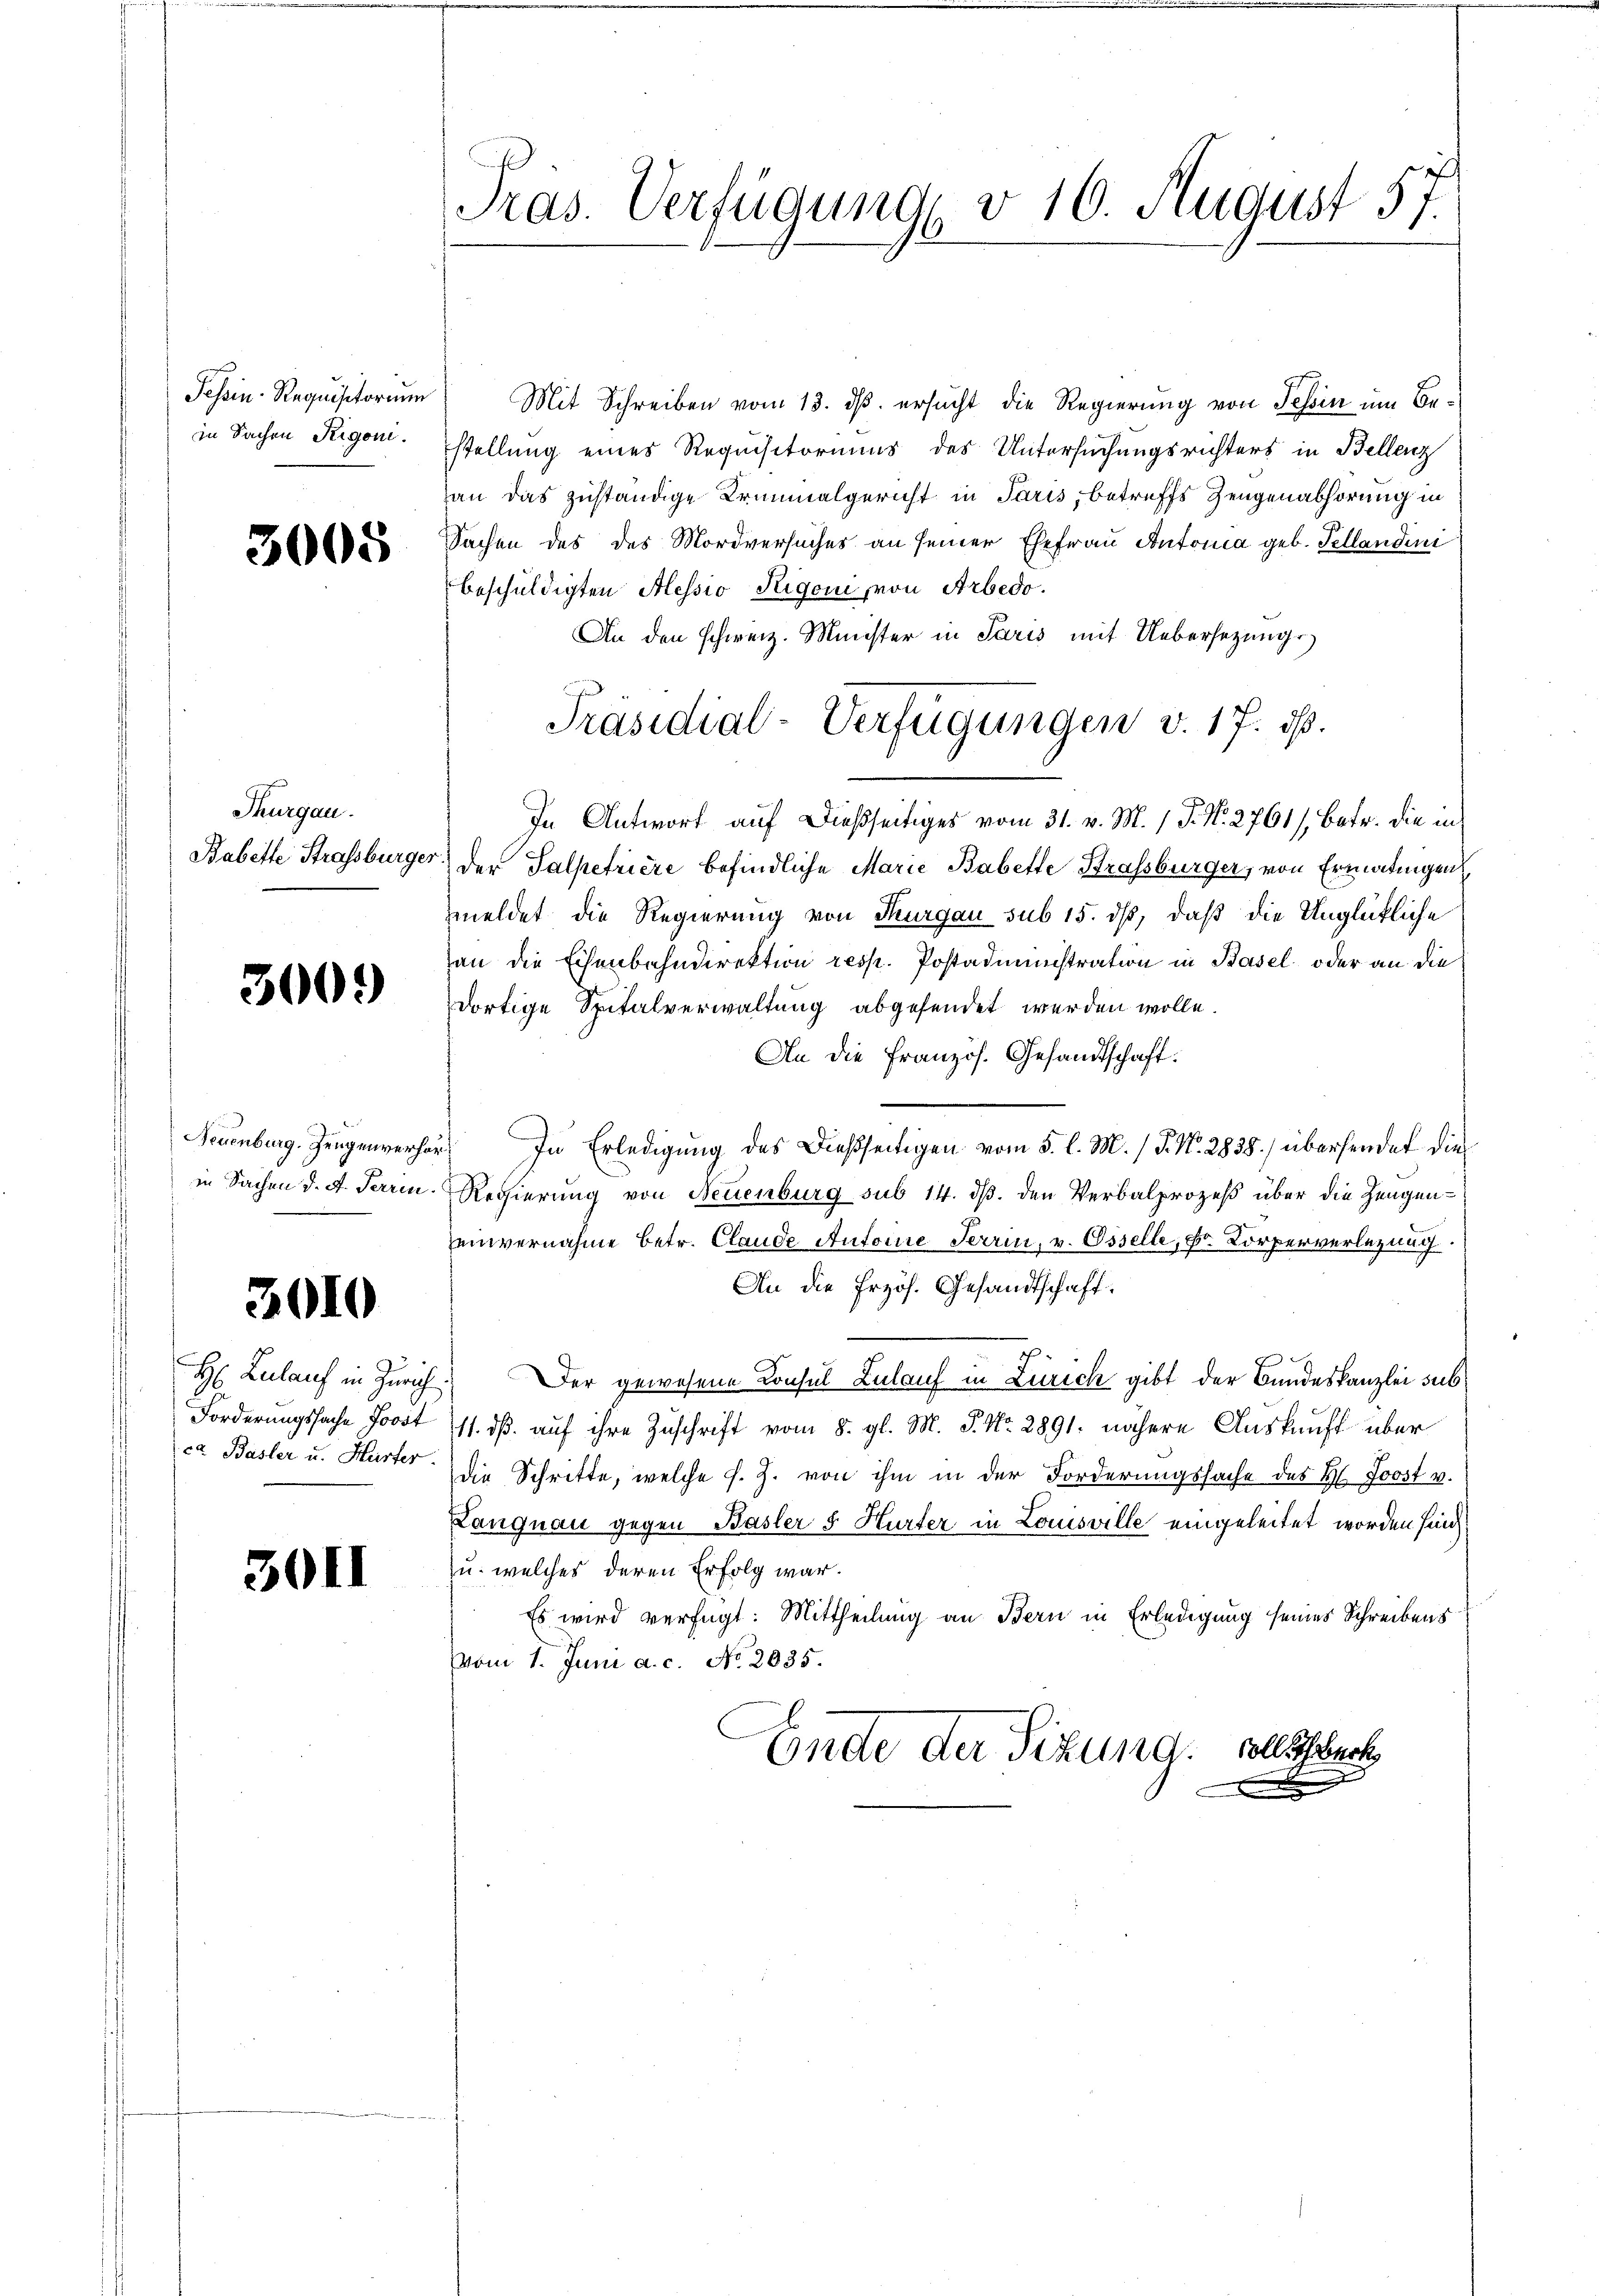
Tessin-Requisitorium
in Sachen Rigoni.

3005

Thurgau.
Babette Strassburger

3009

Neuenburg. Zeugenverhain Sachen d. A. Terrin.

3010

H Lulauf in Zürich
Forderungssache Forst
ca Basler u. Hurter.

301)

Pras. Verfügung v. 16. August 57.

Mit Schreiben vom 13. ds. ersucht die Regierung von Tessin um Bestellung eines Requisitoriums des Untersuchungsrichters in Bellenz
an das zuständige Irminalgericht in Paris, betreffs Zeugenabhörung in
Sachen des des Mordversuches an seiner Ehefrau Antonia geb. Tellandini
beschuldigten Alessio Trigoni von Arbedo.
An den schweiz. Münster in Paris mit Uebersezungs
In Antwort auf dießseitiges vom 31. v. M. 1 P. N. 2761/, betr. die in
der Salpetriere befindliche Marie Babette Strassburger, von Ermatingen
meldet die Regierung von Thurgau sub 15. ds, daß die Unglückliche
an die Eisenbahndirektion resp. Postadministration in Basel oder an die
dortige Spitalverwaltung abgesendet werden wolle.
An die Französ. Gesandtschaft.
In Erledigung des Dießseitigen vom 5. l. M. / 5. No. 2838) übersendet die
Regierung von Neuenburg sub 14. ds. den Verbalprozeß über die Zeugeneinvernahme betr. Claude Autorire Terrin, v. Osselle, Dr. Körperverlegung
An die Erzös. Gesandtschaft:
 Der gewesene Consul Zulauf in Zürich gibt der Bundeskanzlei sub
11. dß auf ihre Zuschrift vom 8. gl. M. P. Nr. 2891. nähere Auskunft über
die Schritte, welche s. Z. von ihm in der Forderungssache des H. Joost v.
Langnau gegen Basler 5 Hurter in Louisville eingeleitet worden sind.
u. welches deren Erfolg war.
Es wird verfügt: Mittheilung an Bern in Erledigung seines Schreibens
Vom 1. Juni a. c. No. 2035.
Ende der Situng. Soll auch

Präsidial-Verfügungen v. 17. ds.